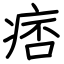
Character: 痞